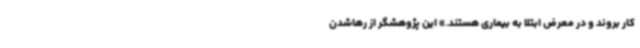
کار بروند و در معرض ابتلا به بیماری هستند.» این پژوهشگر از رهاشدن